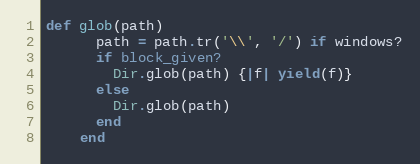
Language: Ruby
def glob(path)
      path = path.tr('\\', '/') if windows?
      if block_given?
        Dir.glob(path) {|f| yield(f)}
      else
        Dir.glob(path)
      end
    end